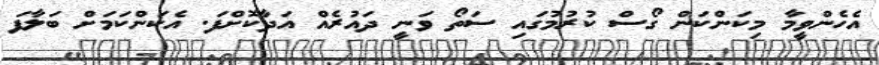
އެހެންވީމާ މިކަންކަން ގޯސް ކުރުމުގައި ސަތޯ ވަނީ ދައުރެއް އަދާކޮށްފަ. އެކަންކަމަށް ބަލާފަ